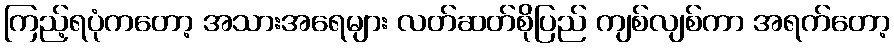
ကြည့်ရပုံကတော့ အသားအရေများ လတ်ဆတ်စိုပြည် ကျစ်လျစ်ကာ အရက်တော့